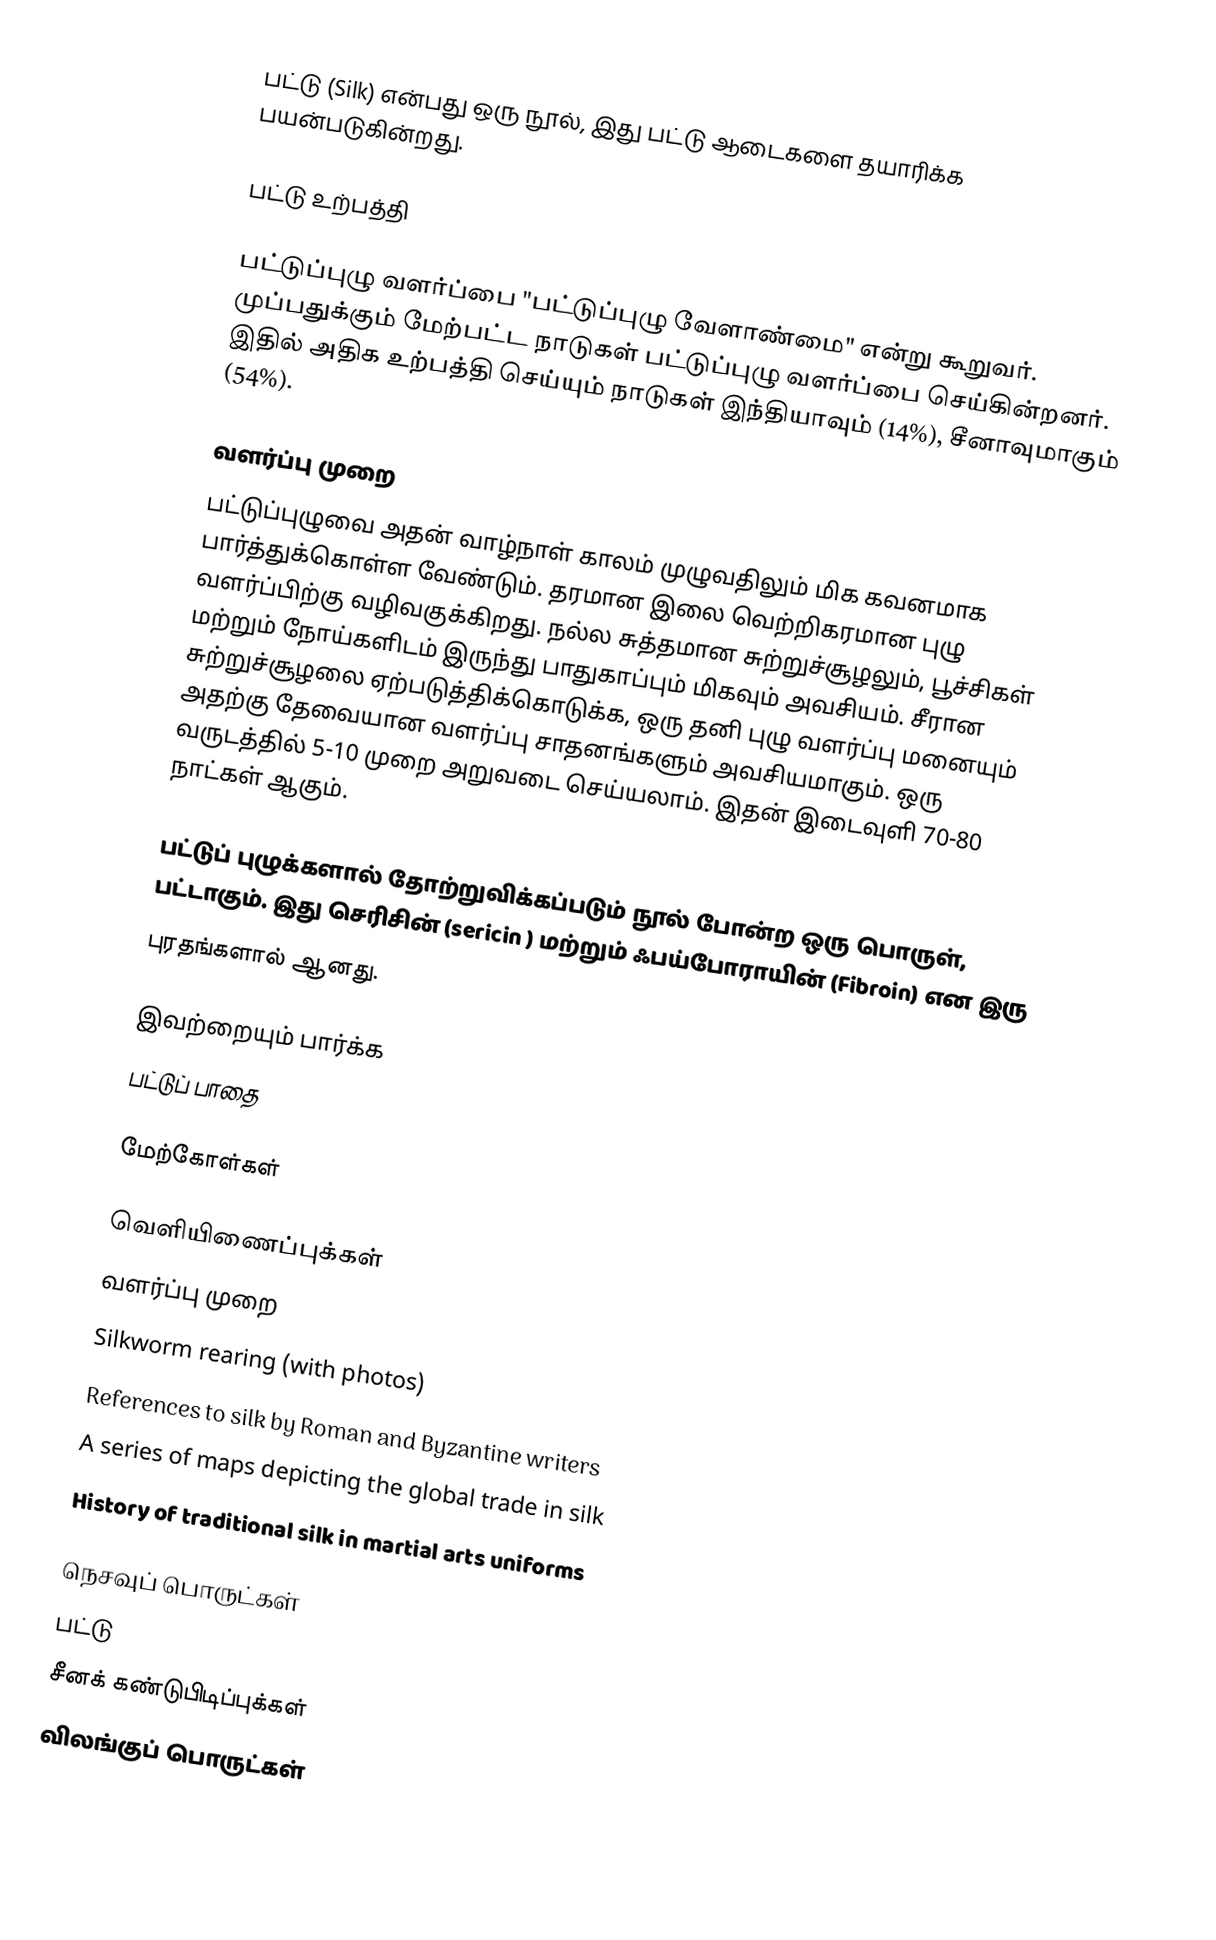
பட்டு (Silk) என்பது ஒரு நூல், இது பட்டு ஆடைகளை தயாரிக்க பயன்படுகின்றது.

பட்டு உற்பத்தி

பட்டுப்புழு வளர்ப்பை "பட்டுப்புழு வேளாண்மை" என்று கூறுவர். முப்பதுக்கும் மேற்பட்ட நாடுகள் பட்டுப்புழு வளர்ப்பை செய்கின்றனர். இதில் அதிக உற்பத்தி செய்யும் நாடுகள் இந்தியாவும் (14%), சீனாவுமாகும் (54%).

வளர்ப்பு முறை
பட்டுப்புழுவை அதன் வாழ்நாள் காலம் முழுவதிலும் மிக கவனமாக பார்த்துக்கொள்ள வேண்டும். தரமான இலை வெற்றிகரமான புழு வளர்ப்பிற்கு வழிவகுக்கிறது. நல்ல சுத்தமான சுற்றுச்சூழலும், பூச்சிகள் மற்றும் நோய்களிடம் இருந்து பாதுகாப்பும் மிகவும் அவசியம். சீரான சுற்றுச்சூழலை ஏற்படுத்திக்கொடுக்க, ஒரு தனி புழு வளர்ப்பு மனையும் அதற்கு தேவையான வளர்ப்பு சாதனங்களும் அவசியமாகும். ஒரு வருடத்தில் 5-10 முறை அறுவடை செய்யலாம். இதன் இடைவுளி 70-80 நாட்கள் ஆகும்.

பட்டுப் புழுக்களால் தோற்றுவிக்கப்படும் நூல் போன்ற ஒரு பொருள், பட்டாகும். இது செரிசின் (sericin ) மற்றும் ஃபய்போராயின் (Fibroin) என இரு
புரதங்களால் ஆனது.

இவற்றையும் பார்க்க
 பட்டுப் பாதை

மேற்கோள்கள்

வெளியிணைப்புக்கள்
 வளர்ப்பு முறை
 Silkworm rearing (with photos)
 References to silk by Roman and Byzantine writers
 A series of maps depicting the global trade in silk
 History of traditional silk in martial arts uniforms

நெசவுப் பொருட்கள்
பட்டு
சீனக் கண்டுபிடிப்புக்கள்
விலங்குப் பொருட்கள்